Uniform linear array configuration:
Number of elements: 8
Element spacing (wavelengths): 0.75
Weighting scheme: hamming
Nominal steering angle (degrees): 45
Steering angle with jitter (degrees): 46.973
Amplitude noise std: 0.05
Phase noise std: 0.05

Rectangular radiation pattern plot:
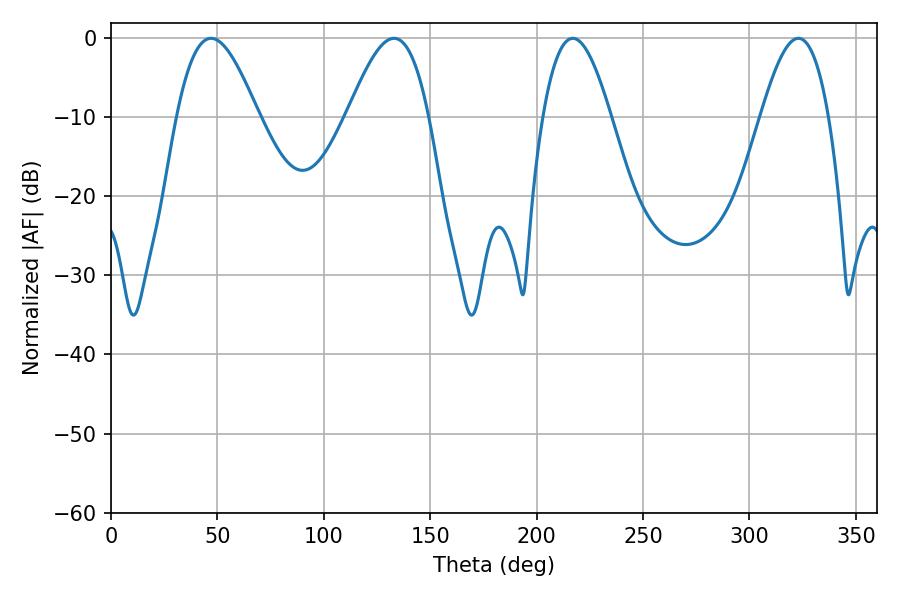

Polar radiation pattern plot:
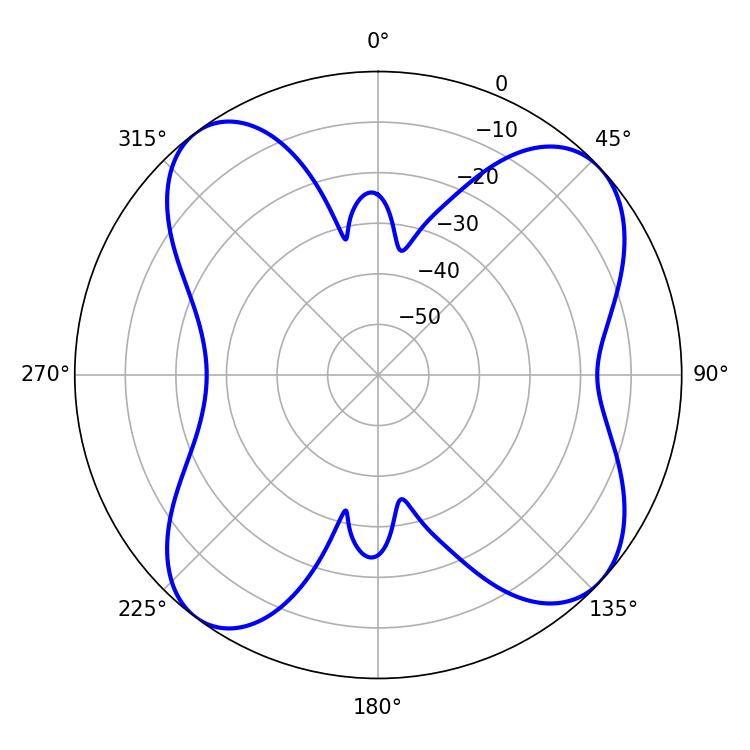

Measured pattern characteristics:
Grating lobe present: TRUE
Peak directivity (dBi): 10.174
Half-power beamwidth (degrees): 20.7
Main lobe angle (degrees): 46.98